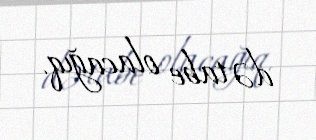
də tabe olacağıq.